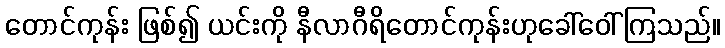
တောင်ကုန်း ဖြစ်၍ ယင်းကို နီလာဂီရိတောင်ကုန်းဟုခေါ်ဝေါ်ကြသည်။